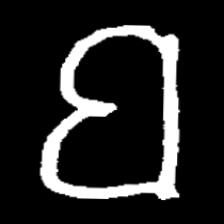
Pyu character \u2014 Myanmar letter: ဗ (romanized: ba)